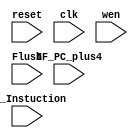
`timescale 1ns / 1ps

module IF_ID_Reg(reset, clk, wen, Flush, IF_Instuction, IF_PC_plus4);
    input reset, clk, wen, Flush;
    input [31:0] IF_Instuction, IF_PC_plus4;

    reg [31:0] Instruction, PC_plus4;
    always @(posedge clk or posedge reset) begin
        if (reset) begin
            Instruction <= 32'h0;
            PC_plus4 <= 32'h0;
        end
        else if (wen) begin
            Instruction <= Flush? 32'h0: IF_Instuction;
            PC_plus4 <= IF_PC_plus4; 
        end
    end

endmodule